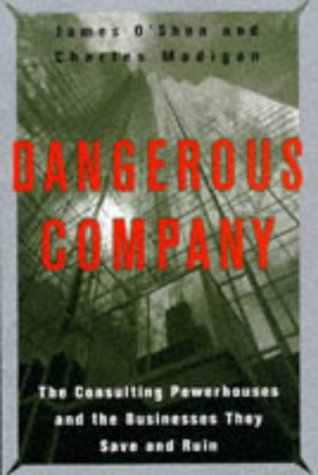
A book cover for Dangerous Company: The Consulting Powerhouses and the Businesses They Save and Ruin; James O'Shea; Business & Money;